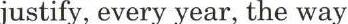
justify, every year, the way